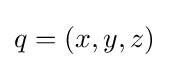
q=(x,y,z)